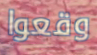
وقعوا